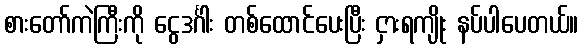
စားတော်ကဲကြီးကို ငွေဒင်္ဂါး တစ်ထောင်ပေးပြီး ငှားရကျိုး နပ်ပါပေတယ်။